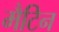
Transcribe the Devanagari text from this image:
मैटिन